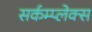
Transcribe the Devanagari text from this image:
सर्कम्प्लेक्स